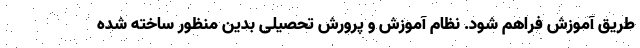
طریق آموزش فراهم شود. نظام آموزش و پرورش تحصیلی بدین منظور ساخته شده